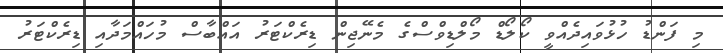
މި ފަންޑު ހުޅުވައިދެއްވީ ކޯލޯޑް މޯލްޑިވްސްގެ މެނޭޖިން ޑިރެކްޓަރު އައްބާސް މުހައްމަދާއި ޑިރެކްޓަރު